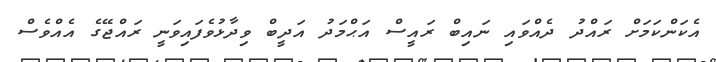
އެކަންކަމަށް ރައްދު ދެއްވައި ނައިބް ރައީސް އަޙްމަދު އަދީބް ވިދާޅުވެފައިވަނީ ރައްޖޭގެ އެއްވެސް